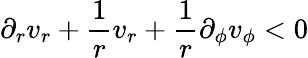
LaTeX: \partial_{r}v_{r}+\frac{1}{r}v_{r}+\frac{1}{r}\partial_{\phi}v_{\phi}<0